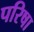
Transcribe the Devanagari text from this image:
परिषा